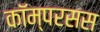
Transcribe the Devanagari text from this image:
कॉम्परसस